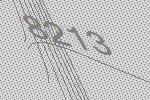
8213